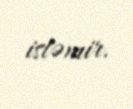
istəmir.